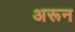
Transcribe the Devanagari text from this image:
अरून